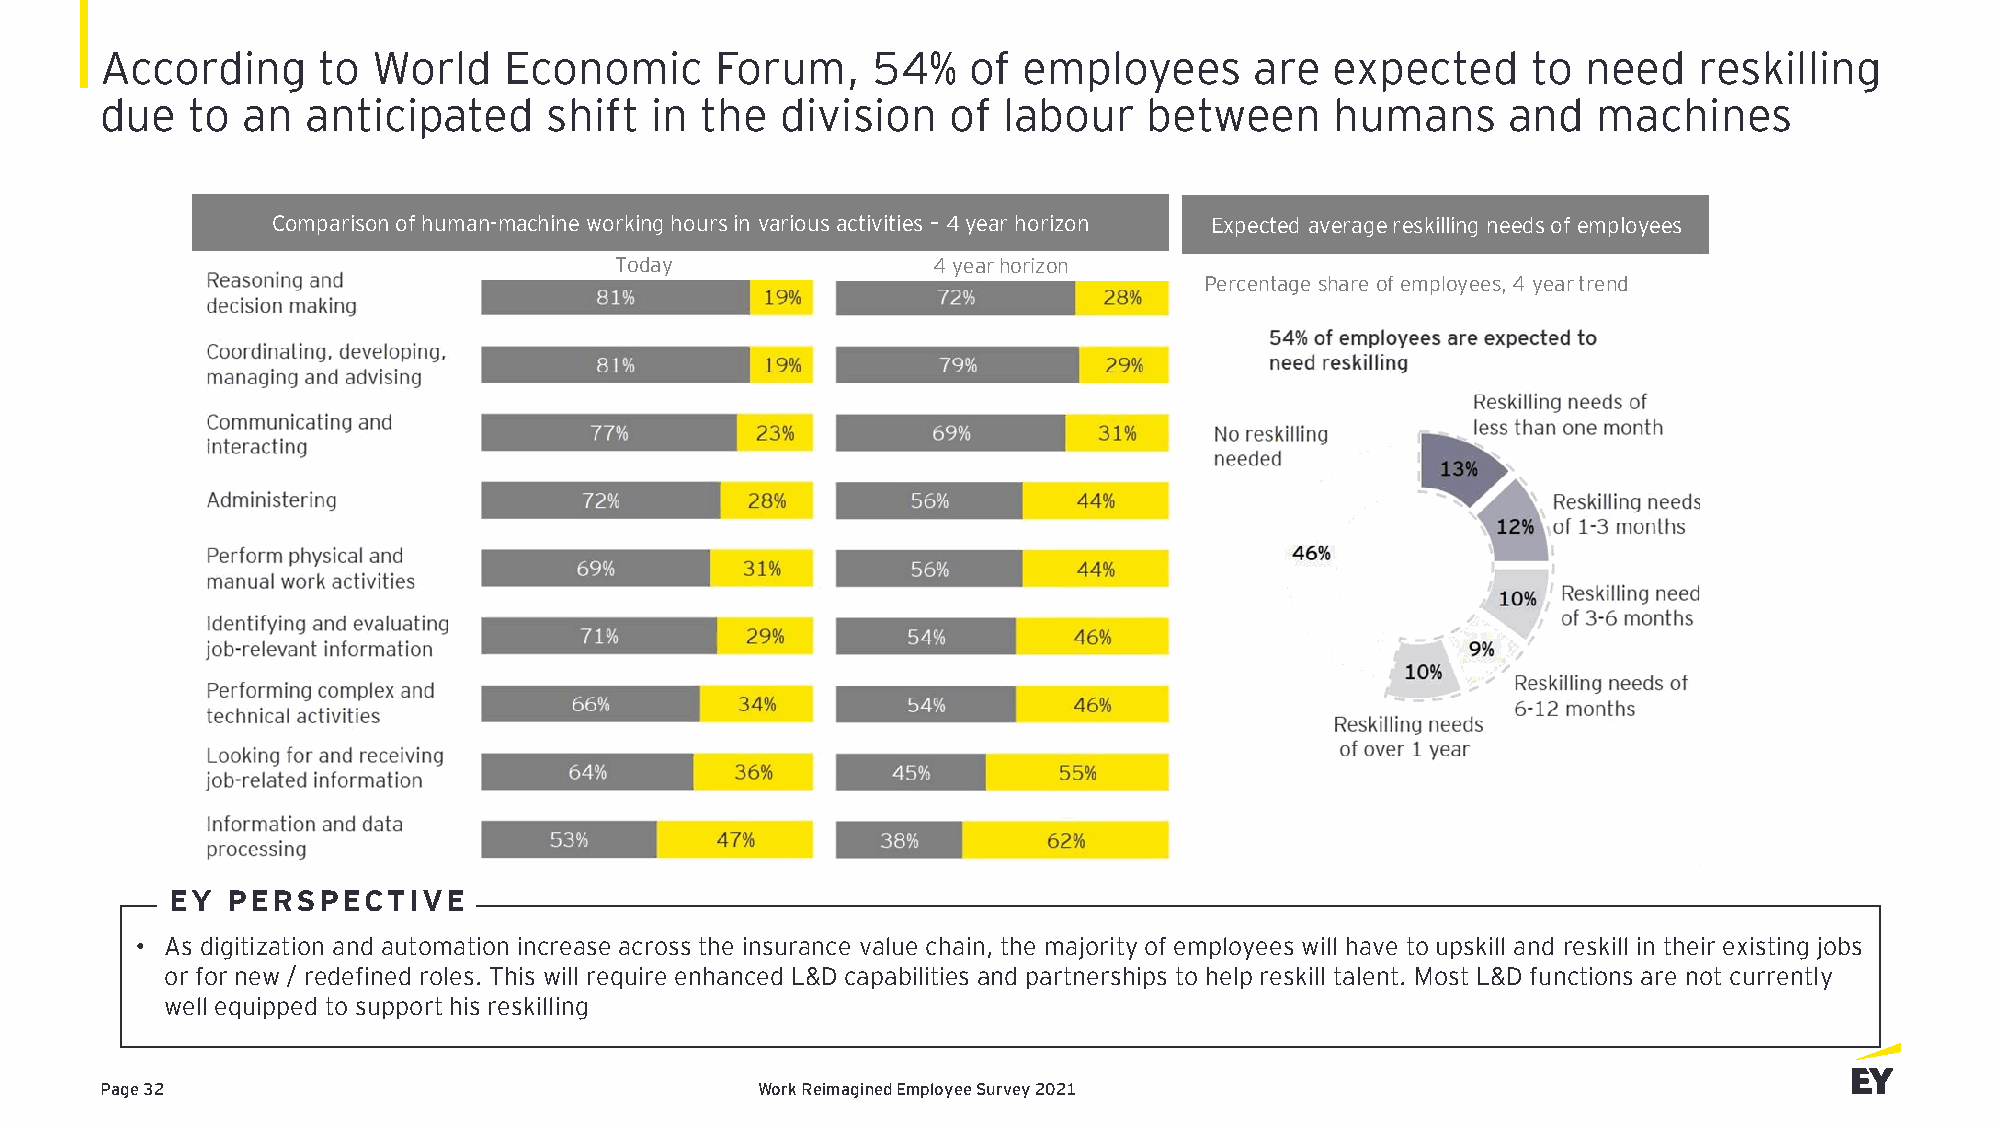
According     to  World   Economic      Forum,     54%   of  employees      are  expected     to  need   reskilling
 due  to  an  anticipated     shift  in the   division   of labour    between     humans      and   machines
 Comparison of human-machine working hours in various activities – 4 year horizon Expected average reskilling needs of employees
 Today                4 year horizon
 Percentage share of employees, 4 year trend
 EY  PERSPECTIVE
 • AEsY dig PitizEatRioSn aPndE aCutTomIVatiEon increase across the insurance value chain, the majority of employees will have to upskill and reskill in their existing jobs
 or for new / redefined roles. This will require enhanced L&D capabilities and partnerships to help reskill talent. Most L&D functions are not currently
 well equipped to support his reskilling
 Page 32                                    Work Reimagined Employee Survey 2021